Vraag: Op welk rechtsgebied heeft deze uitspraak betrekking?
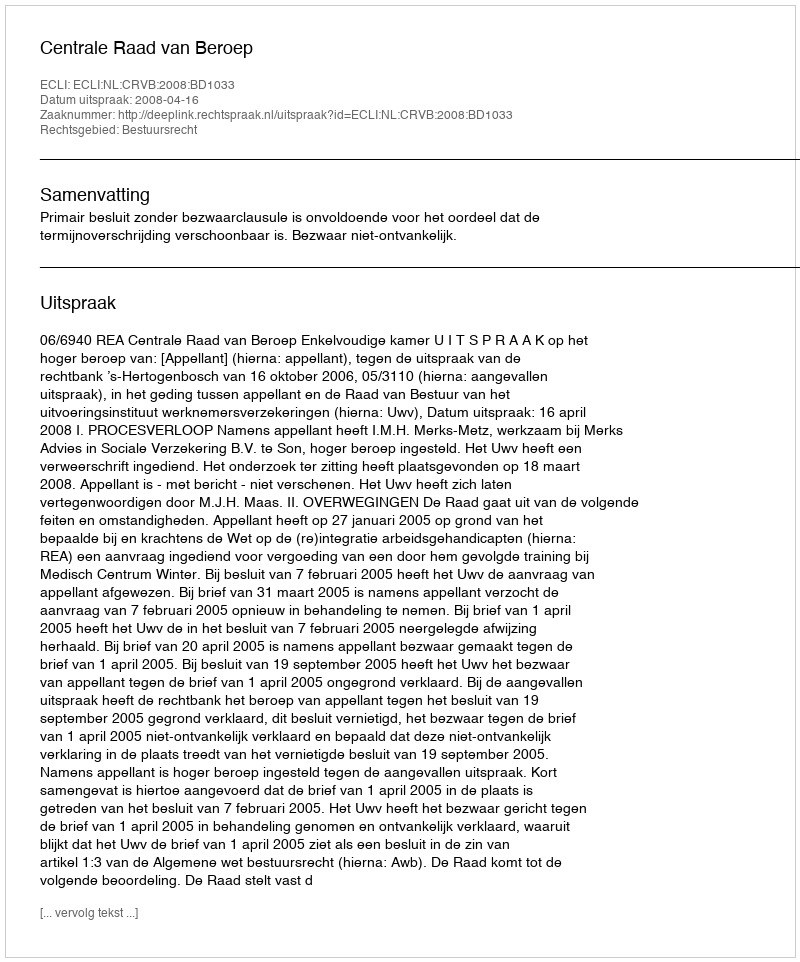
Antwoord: Bestuursrecht